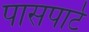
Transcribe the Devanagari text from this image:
पासपार्ट